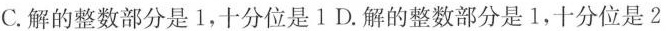
C. 解的整数部分是1，十分位是1 D. 解的整数部分是1，十分位是2